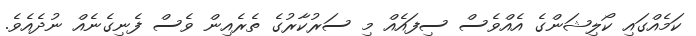
ކަމެއްގައި ކޯލިޝަންގެ އެއްވެސް ސިފައެއް މި ސަރުކާރުގެ ތެރެއިން ވެސް ފެނިގެނެއް ނުދެއެވެ.